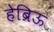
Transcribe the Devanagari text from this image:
हेब्रिऊ